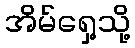
အိမ်ရှေ့သို့